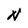
Character: N